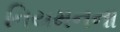
નિયમનના